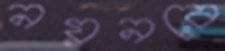
নয়নরে